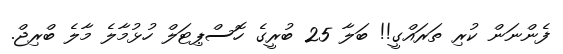
ފެންނަން ކުރި ތަރައްގީ!! ބަލާ 25 ބުރީގެ ހޮސްޕިޓަލް ހުޅުމާލެ މާލެ ބްރިޖް.